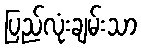
ပြည်လုံးချမ်းသာ